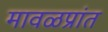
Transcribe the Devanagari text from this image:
मावळप्रांत